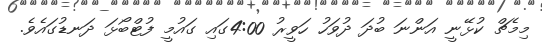
މިމެޗް ކުޅޭނީ އަންނަ ބުދަ ދުވަހު ހަވީރު 4:00ގައި ގައުމީ ފުޓްބޯޅަ ދަނޑުގައެވެ.